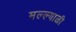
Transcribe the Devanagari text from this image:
मल्ल्याळी